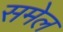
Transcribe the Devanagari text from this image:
समेल